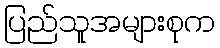
ပြည်သူအများစုက